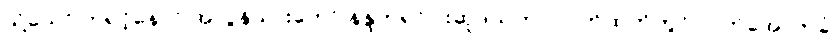
သို့သော် ဘုရင့်နောင် အလွန်သားတော် နန္ဒဘုရင်ငါးဆူဒယကာ လက်ထက်တွင် လက်အောက်ခံ